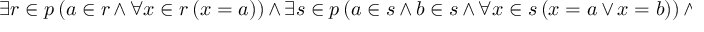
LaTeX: \exists r \in p \, ( a \in r \, \land \, \forall x \in r \, ( x = a ) ) \, \land \, \exists s \in p \, ( a \in s \, \land \, b \in s \, \land \, \forall x \in s \, ( x = a \, \lor \, x = b ) ) \, \land